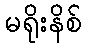
မရိုးနိစ်